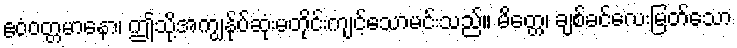
ဧဝံဝတ္တမာနော၊ ဤသို့အကျွန်ုပ်ဆုံးမတိုင်းကျင့်သောမင်းသည်။ မိတ္တေ၊ ချစ်ခင်လေးမြတ်သော